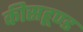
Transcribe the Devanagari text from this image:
कीसहूण्ड